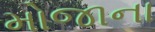
મોજાના